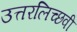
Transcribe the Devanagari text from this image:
उत्तरलिच्छवी